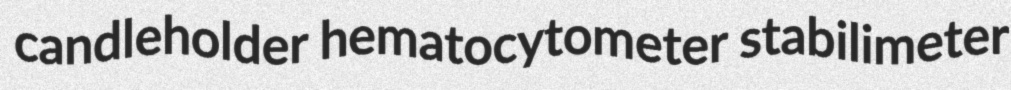
candleholder hematocytometer stabilimeter